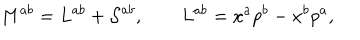
LaTeX: M ^ { a b } = L ^ { a b } + { \cal S } ^ { a b } , \qquad L ^ { a b } = x ^ { a } p ^ { b } - x ^ { b } p ^ { a } ,